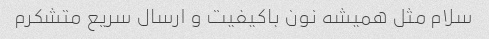
سلام مثل همیشه نون باکیفیت و ارسال سریع متشکرم